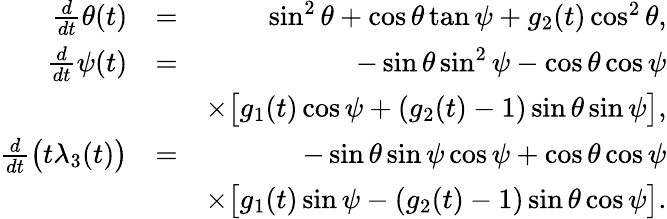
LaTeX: \begin{array}{rlr}{\frac{d}{dt}\theta(t)}&{=}&{\sin^{2}{\theta}+\cos{\theta}\tan{\psi}+g_{2}(t)\cos^{2}{\theta},}\\ {\frac{d}{dt}\psi(t)}&{=}&{-\sin{\theta}\sin^{2}{\psi}-\cos{\theta}\cos{\psi}}\\ &{}&{\times\big[g_{1}(t)\cos{\psi}+(g_{2}(t)-1)\sin{\theta}\sin{\psi}\big],}\\ {\frac{d}{dt}\big(t\lambda_{3}(t)\big)}&{=}&{-\sin{\theta}\sin{\psi}\cos{\psi}+\cos{\theta}\cos{\psi}}\\ &{}&{\! \! \! \times\big[g_{1}(t)\sin{\psi}-(g_{2}(t)-1)\sin{\theta}\cos{\psi}\big].}\end{array}